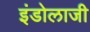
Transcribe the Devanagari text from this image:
इंडोलाजी